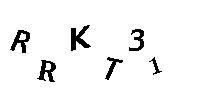
RRKT31